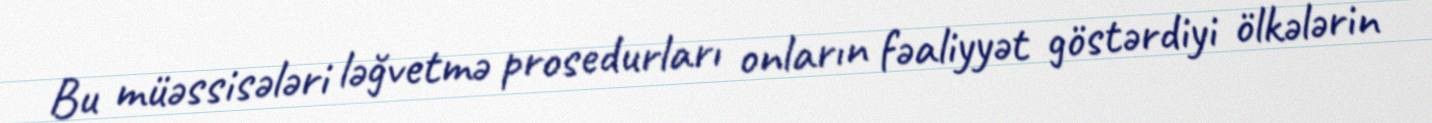
Bu müəssisələri ləğvetmə prosedurları onların fəaliyyət göstərdiyi ölkələrin